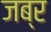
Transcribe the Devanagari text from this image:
जब्र